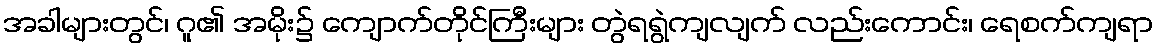
အခါများတွင်၊ ဂူ၏ အမိုး၌ ကျောက်တိုင်ကြီးများ တွဲရရွဲကျလျက် လည်းကောင်း၊ ရေစက်ကျရာ